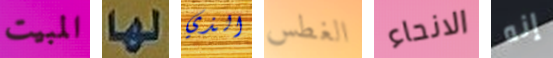
المبيت لها الذي الغطس الانحاء إنه